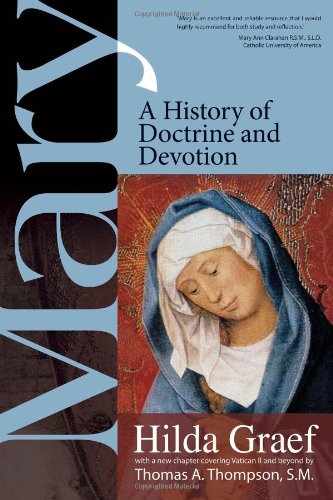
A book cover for Mary: A History of Doctrine and Devotion; Hilda Graef; Christian Books & Bibles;